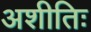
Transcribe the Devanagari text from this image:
अशीतिः